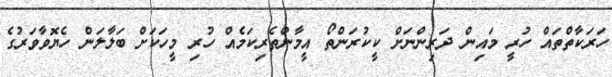
ހަރަކާތްތައް ހުރީ މައިން ދަރިންނަށް ކީކުރަންތޯ އީމާންތެރިކަމެއް ހުރި މީހަކަށް ބަލާލަން ހެޔޮވާވަރުގެ